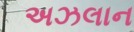
અઝલાન